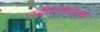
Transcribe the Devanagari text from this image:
उद्दीपनकारक